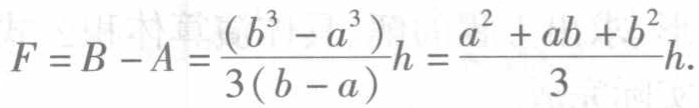
\(F = B - A=\frac{(b^{3}-a^{3})}{3(b - a)}h=\frac{a^{2}+ab + b^{2}}{3}h.\)